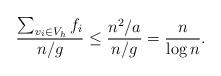
LaTeX: \begin{align*}\frac{\sum_{v_i\in V_h}f_i}{n/g} \leq \frac{n^2/a}{n/g}=\frac{n}{\log n}.\end{align*}